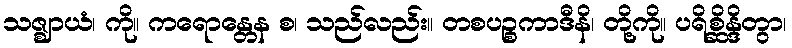
သဇ္ဈာယံ၊ ကို။ ကရောန္တေန စ၊ သည်လည်း။ တစပဉ္စကာဒီနိ၊ တို့ကို။ ပရိစ္ဆိန္ဒိတွာ၊